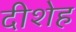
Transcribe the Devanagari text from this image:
दीशेह